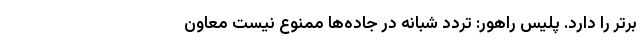
برتر را دارد. پلیس راهور: تردد شبانه در جاده‌ها ممنوع نیست معاون